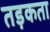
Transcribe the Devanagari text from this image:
तड़कता